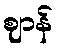
ဈာန်